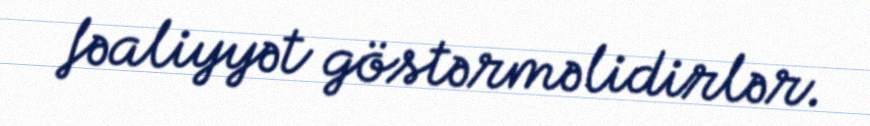
fəaliyyət göstərməlidirlər.